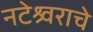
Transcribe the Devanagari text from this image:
नटेश्र्वराचे